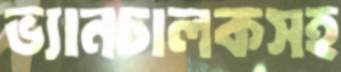
ভ্যানচালকসহ